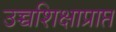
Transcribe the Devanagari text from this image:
उच्चशिक्षाप्राप्त